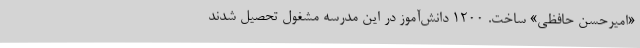
«امیرحسن حافظی» ساخت. 1200 دانش‌آموز در این مدرسه مشغول تحصیل شدند